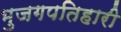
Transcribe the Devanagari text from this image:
भुजगपतिहारी